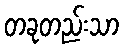
တခုတည်းသာ